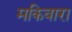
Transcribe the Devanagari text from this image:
मकिवारा